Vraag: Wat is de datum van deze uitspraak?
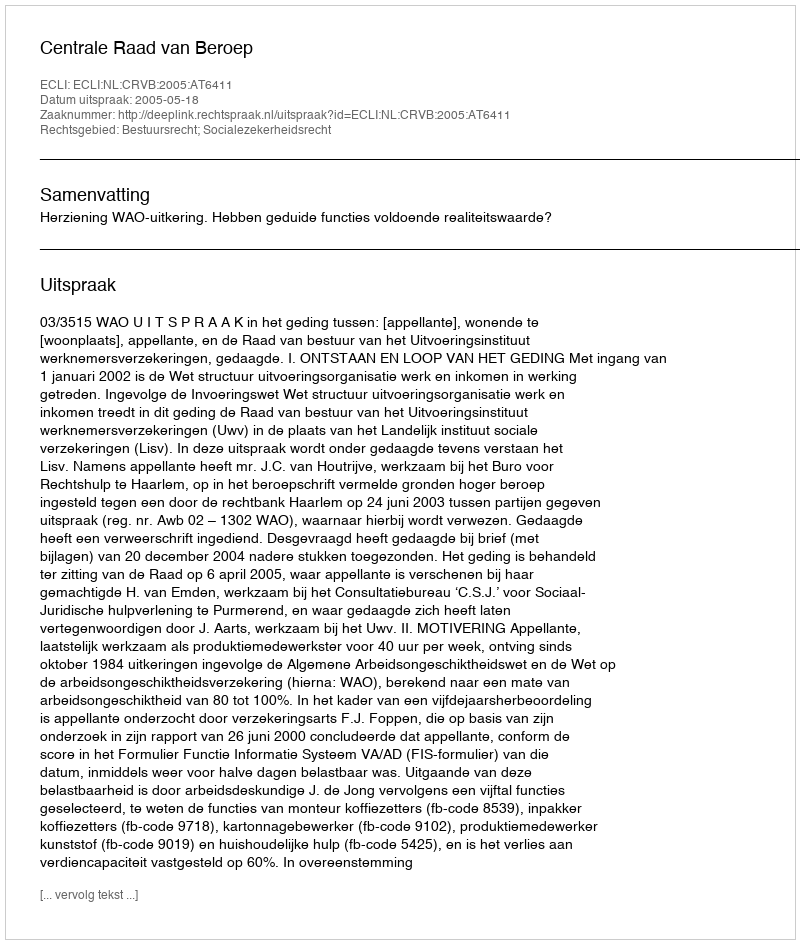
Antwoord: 2005-05-18